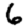
Digit: 6